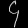
Digit: ၄